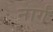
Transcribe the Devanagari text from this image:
नार्ग